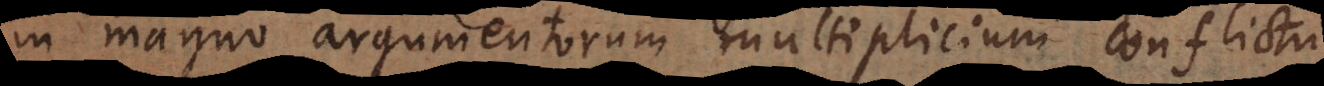
in magno argumentorum multiplicium conflictu